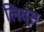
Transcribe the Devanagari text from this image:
लिव्स